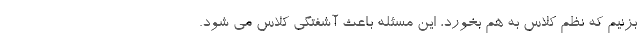
بزنیم که نظم کلاس به هم بخورد، این مسئله باعث آشفتگی کلاس می شود.